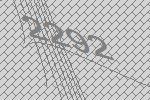
2292